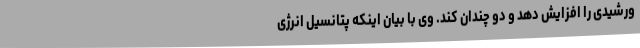
ورشیدی را افزایش دهد و دو چندان کند. وی با بیان اینکه پتانسیل انرژی